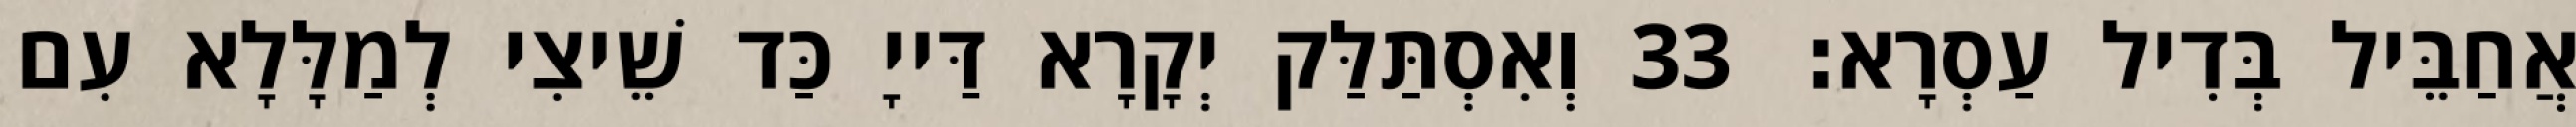
אֲחַבֵּיל בְּדִיל עַסְרָא׃ 33 וְאִסְתַּלַּק יְקָרָא דַּייָ כַּד שֵׁיצִי לְמַלָּלָא עִם